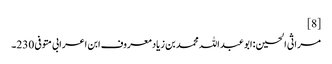
[8]
مراثی الحسین :ابو عبد اللہ محمد بن زیادمعروف ابن اعرابی متوفی 230۔